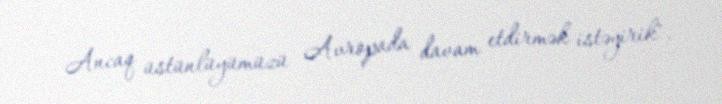
Ancaq üstünlüyümüzü Avropada davam etdirmək istəyirik".